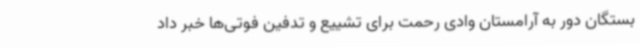
بستگان دور به آرامستان وادی رحمت برای تشییع و تدفین فوتی‌ها خبر داد